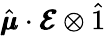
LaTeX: \hat{\pmb{\mu}}\cdot\pmb{\mathcal{E}}\otimes\hat{1}